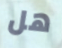
هل